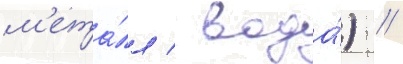
м'ета́лл / вода́) //